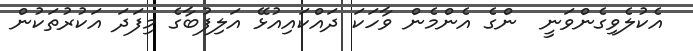
އެކުލެވިގެންވަނީ  ންގެ އެންމެން ވާހަކަ ދައްކައިއުޅޭ އަލިފުބާގެ މިފަދަ އަކުރުތަކުން